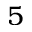
5